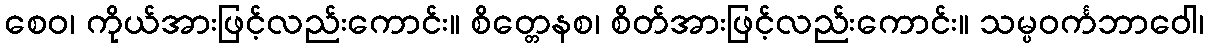
စေဝ၊ ကိုယ်အားဖြင့်လည်းကောင်း။ စိတ္တေနစ၊ စိတ်အားဖြင့်လည်းကောင်း။ သမ္ပဝင်္ကဘာဝေါ၊